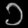
Digit: ၁